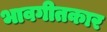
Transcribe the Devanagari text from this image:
भावगीतकार